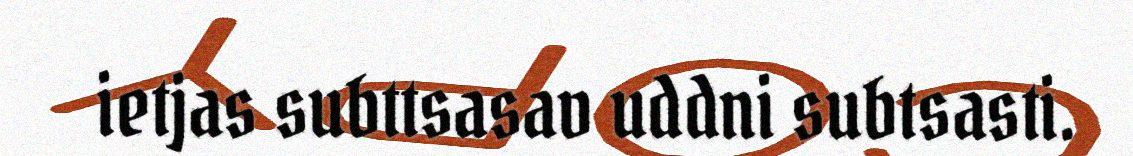
ietjas subttsasav uddni subtsasti.